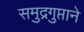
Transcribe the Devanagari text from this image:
समुद्रगुप्ताने